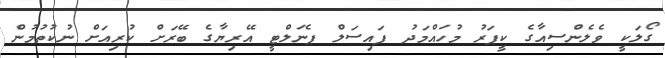
ގޯލަކީ ވެލެންސިއާގެ ކީޕަރު މުހައްމަދު ފައިސަލް ޕެނަލްޓީ އޭރިޔާގެ ބޭރަށް ކުރިއަށް ނުކުތުމުން